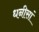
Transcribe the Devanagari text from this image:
धनीसां